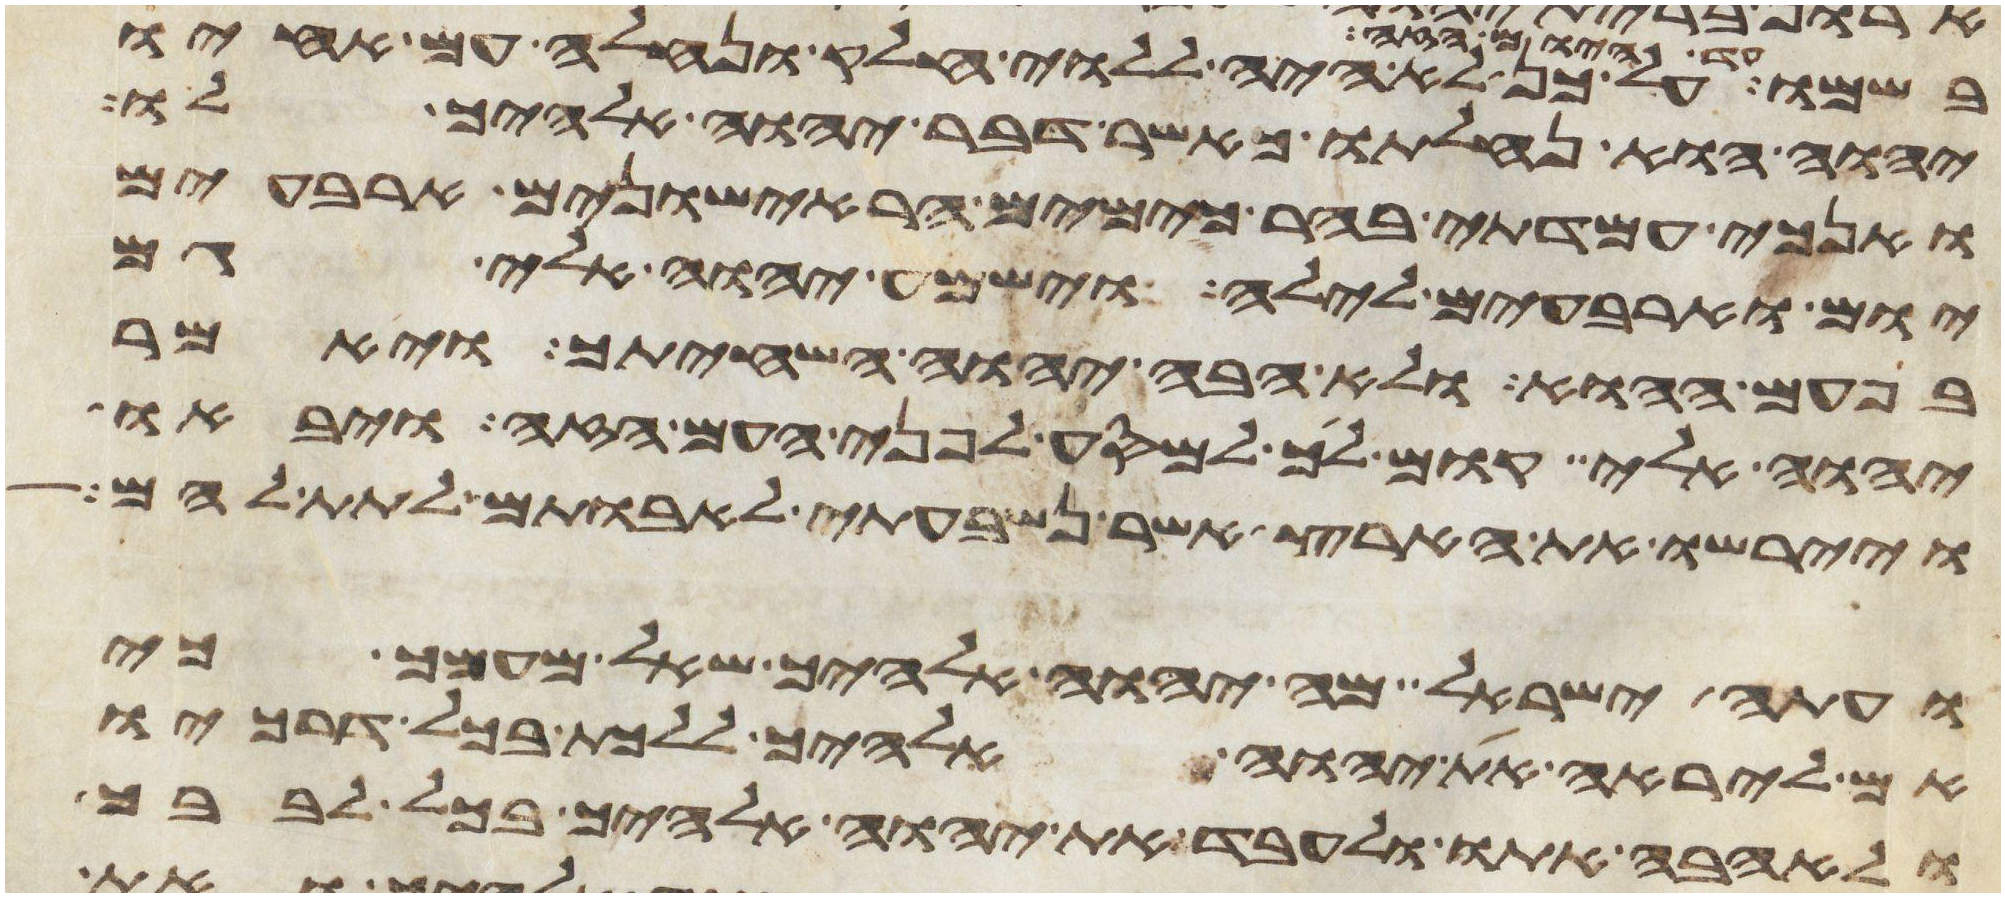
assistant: על כן לא היה ללוי חלק ונחלה עם אחיו
יהוה הוא נחלתו כאשר דבר יהוה אלהיך לו
ואנכי עמדתי בהר כימים הראישונים ארבעים
יום וארבעים לילה וישמע יהוה אלי גם
בפעם ההוא ולא אבה יהוה השחיתך ויאמר
יהוה אלי קום לך למסע לפני העם הזה ויבאו
ויירשו את הארץ אשר נשבעתי לאבותם לתת להם
ועתה ישראל מה יהוה אלהיך שאל מעמך כי
אם ליראה את יהוה אלהיך ללכת בכל דרכיו
ולאהבה אתו ולעבד את יהוה אלהיך בכל לבבך